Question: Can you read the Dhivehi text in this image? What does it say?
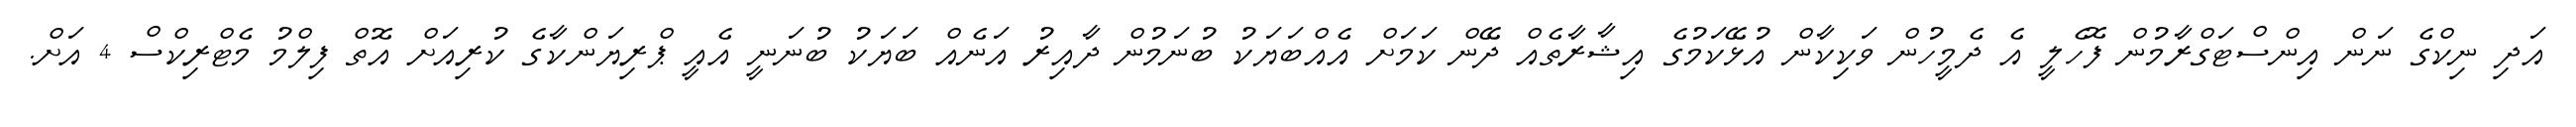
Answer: އަދި ނިކްގެ ނަން އިންސްޓަގްރާމުން ފޮހެލީ އެ ދެމީހުން ވަކިކާން އުޅޭކަމުގެ އިޝާރާތެއް ދޭން ކަމަށް އެއްބަޔަކު ބުނަމުން ދާއިރު އަނެއް ބަޔަކު ބުނަނީ އެއީ ޕްރިޔަންކާގެ ކުރިއަށް އޮތް ފިލްމު މެޓްރިކްސް 4 އަށް.